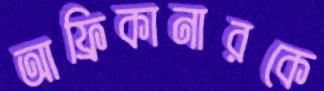
আফ্রিকানারকে